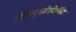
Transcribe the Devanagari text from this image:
श्रीरेणुकादेवीमंदिर